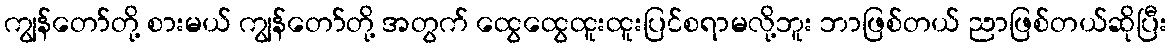
ကျွန်တော်တို့ စားမယ် ကျွန်တော်တို့ အတွက် ထွေထွေထူးထူးပြင်စရာမလို့ဘူး ဘာဖြစ်တယ် ညာဖြစ်တယ်ဆိုပြီး